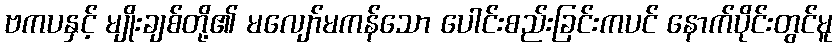
ဗကပနှင့် မျိုးချစ်တို့၏ မလျော်မကန်သော ပေါင်းစည်းခြင်းကပင် နောက်ပိုင်းတွင်မူ